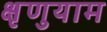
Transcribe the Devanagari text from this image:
क्षृणुयाम